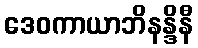
ဒေဝကာယာဘိနန္ဒိနီ